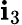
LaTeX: \mathbf{i}_{3}